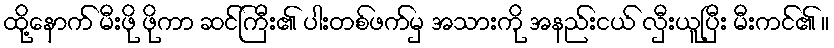
ထို့နောက် မီးဖို ဖိုကာ ဆင်ကြီး၏ ပါးတစ်ဖက်မှ အသားကို အနည်းငယ် လှီးယူပြီး မီးကင်၏ ။